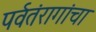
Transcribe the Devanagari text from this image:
पर्वतंरागांचा